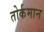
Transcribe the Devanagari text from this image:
तोर्कमान